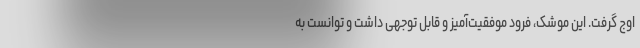
اوج گرفت. این موشک، فرود موفقیت‌آمیز و قابل توجهی داشت و توانست به